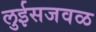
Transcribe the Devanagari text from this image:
लुईसजवळ